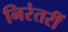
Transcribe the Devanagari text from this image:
निरंतरीं